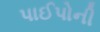
પાઈપોની